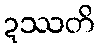
ဍဿတိ